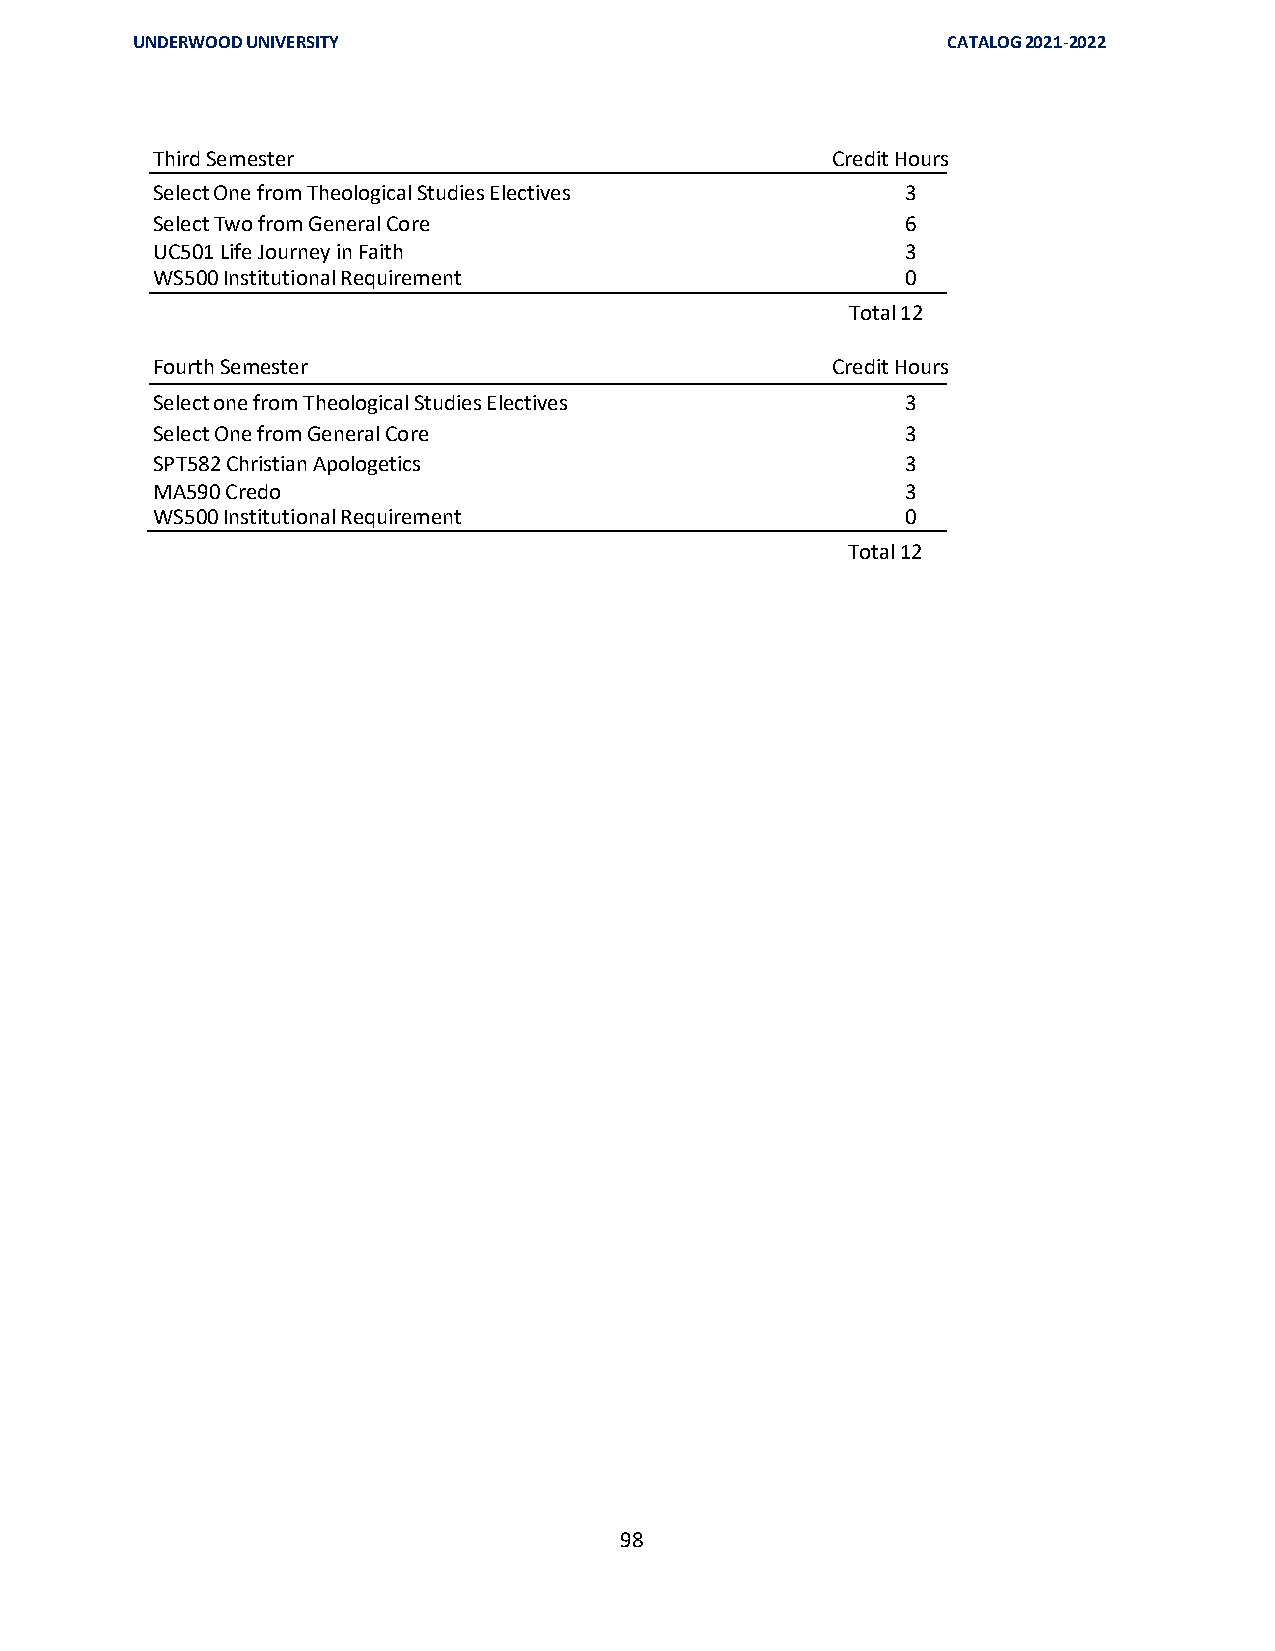
UNDERWOOD UNIVERSITY                                  CATALOG 2021-2022
 Third Semester                               Credit Hours
 Select One from Theological Studies Electives     3
 Select Two from General Core                      6
 UC501 Life Journey in Faith                       3
 WS500 Institutional Requirement                   0
 Total 12
 Fourth Semester                              Credit Hours
 Select one from Theological Studies Electives     3
 Select One from General Core                      3
 SPT582 Christian Apologetics                      3
 MA590 Credo                                       3
 WS500 Institutional Requirement                   0
 Total 12
 98